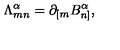
{ \Lambda } _ { m n } ^ { \alpha } = \partial _ { [ m } B _ { n ] } ^ { \alpha } ,